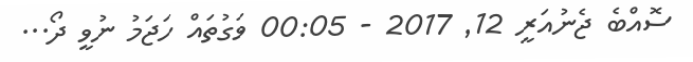
ސޮއްބެ ޖެނުއަރީ 12